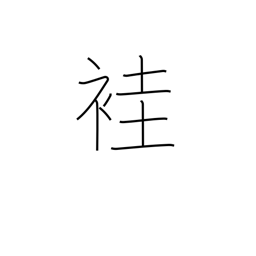
Meaning: ancient ordinary kimono